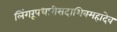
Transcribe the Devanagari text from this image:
लिंगरूपधारीसदाशिवमहादेव